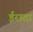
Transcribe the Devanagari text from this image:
ईरादा